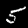
Label: 5